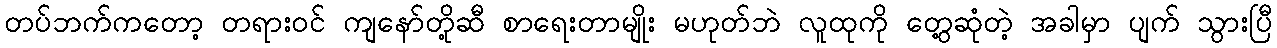
တပ်ဘက်ကတော့ တရားဝင် ကျနော်တို့ဆီ စာရေးတာမျိုး မဟုတ်ဘဲ လူထုကို တွေ့ဆုံတဲ့ အခါမှာ ပျက် သွားပြီ